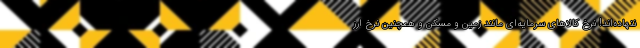
ننهاده‌اند! نرخ کالاهای سرمایه‌ای مانند زمین و مسکن و همچنین نرخ ارز